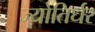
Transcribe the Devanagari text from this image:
ज्योतिर्धर